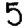
Digit: 5